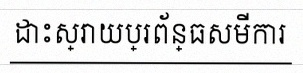
ដោះស្រាយប្រព័ន្ធសមីការ